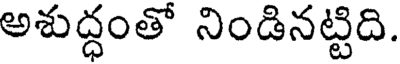
అశుద్ధంతో నిండినట్టిది.